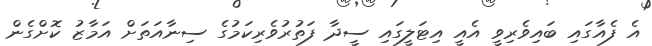
އެ ފެއާގައި ބައިވެރިވީ އެއީ އިޓަލީގައި ސީދާ ފަތުރުވެރިކަމުގެ ސިނާއަތަށް އަމާޒު ކޮށްގެން